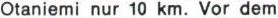
Otaniemi nur 10 km. Vor dem